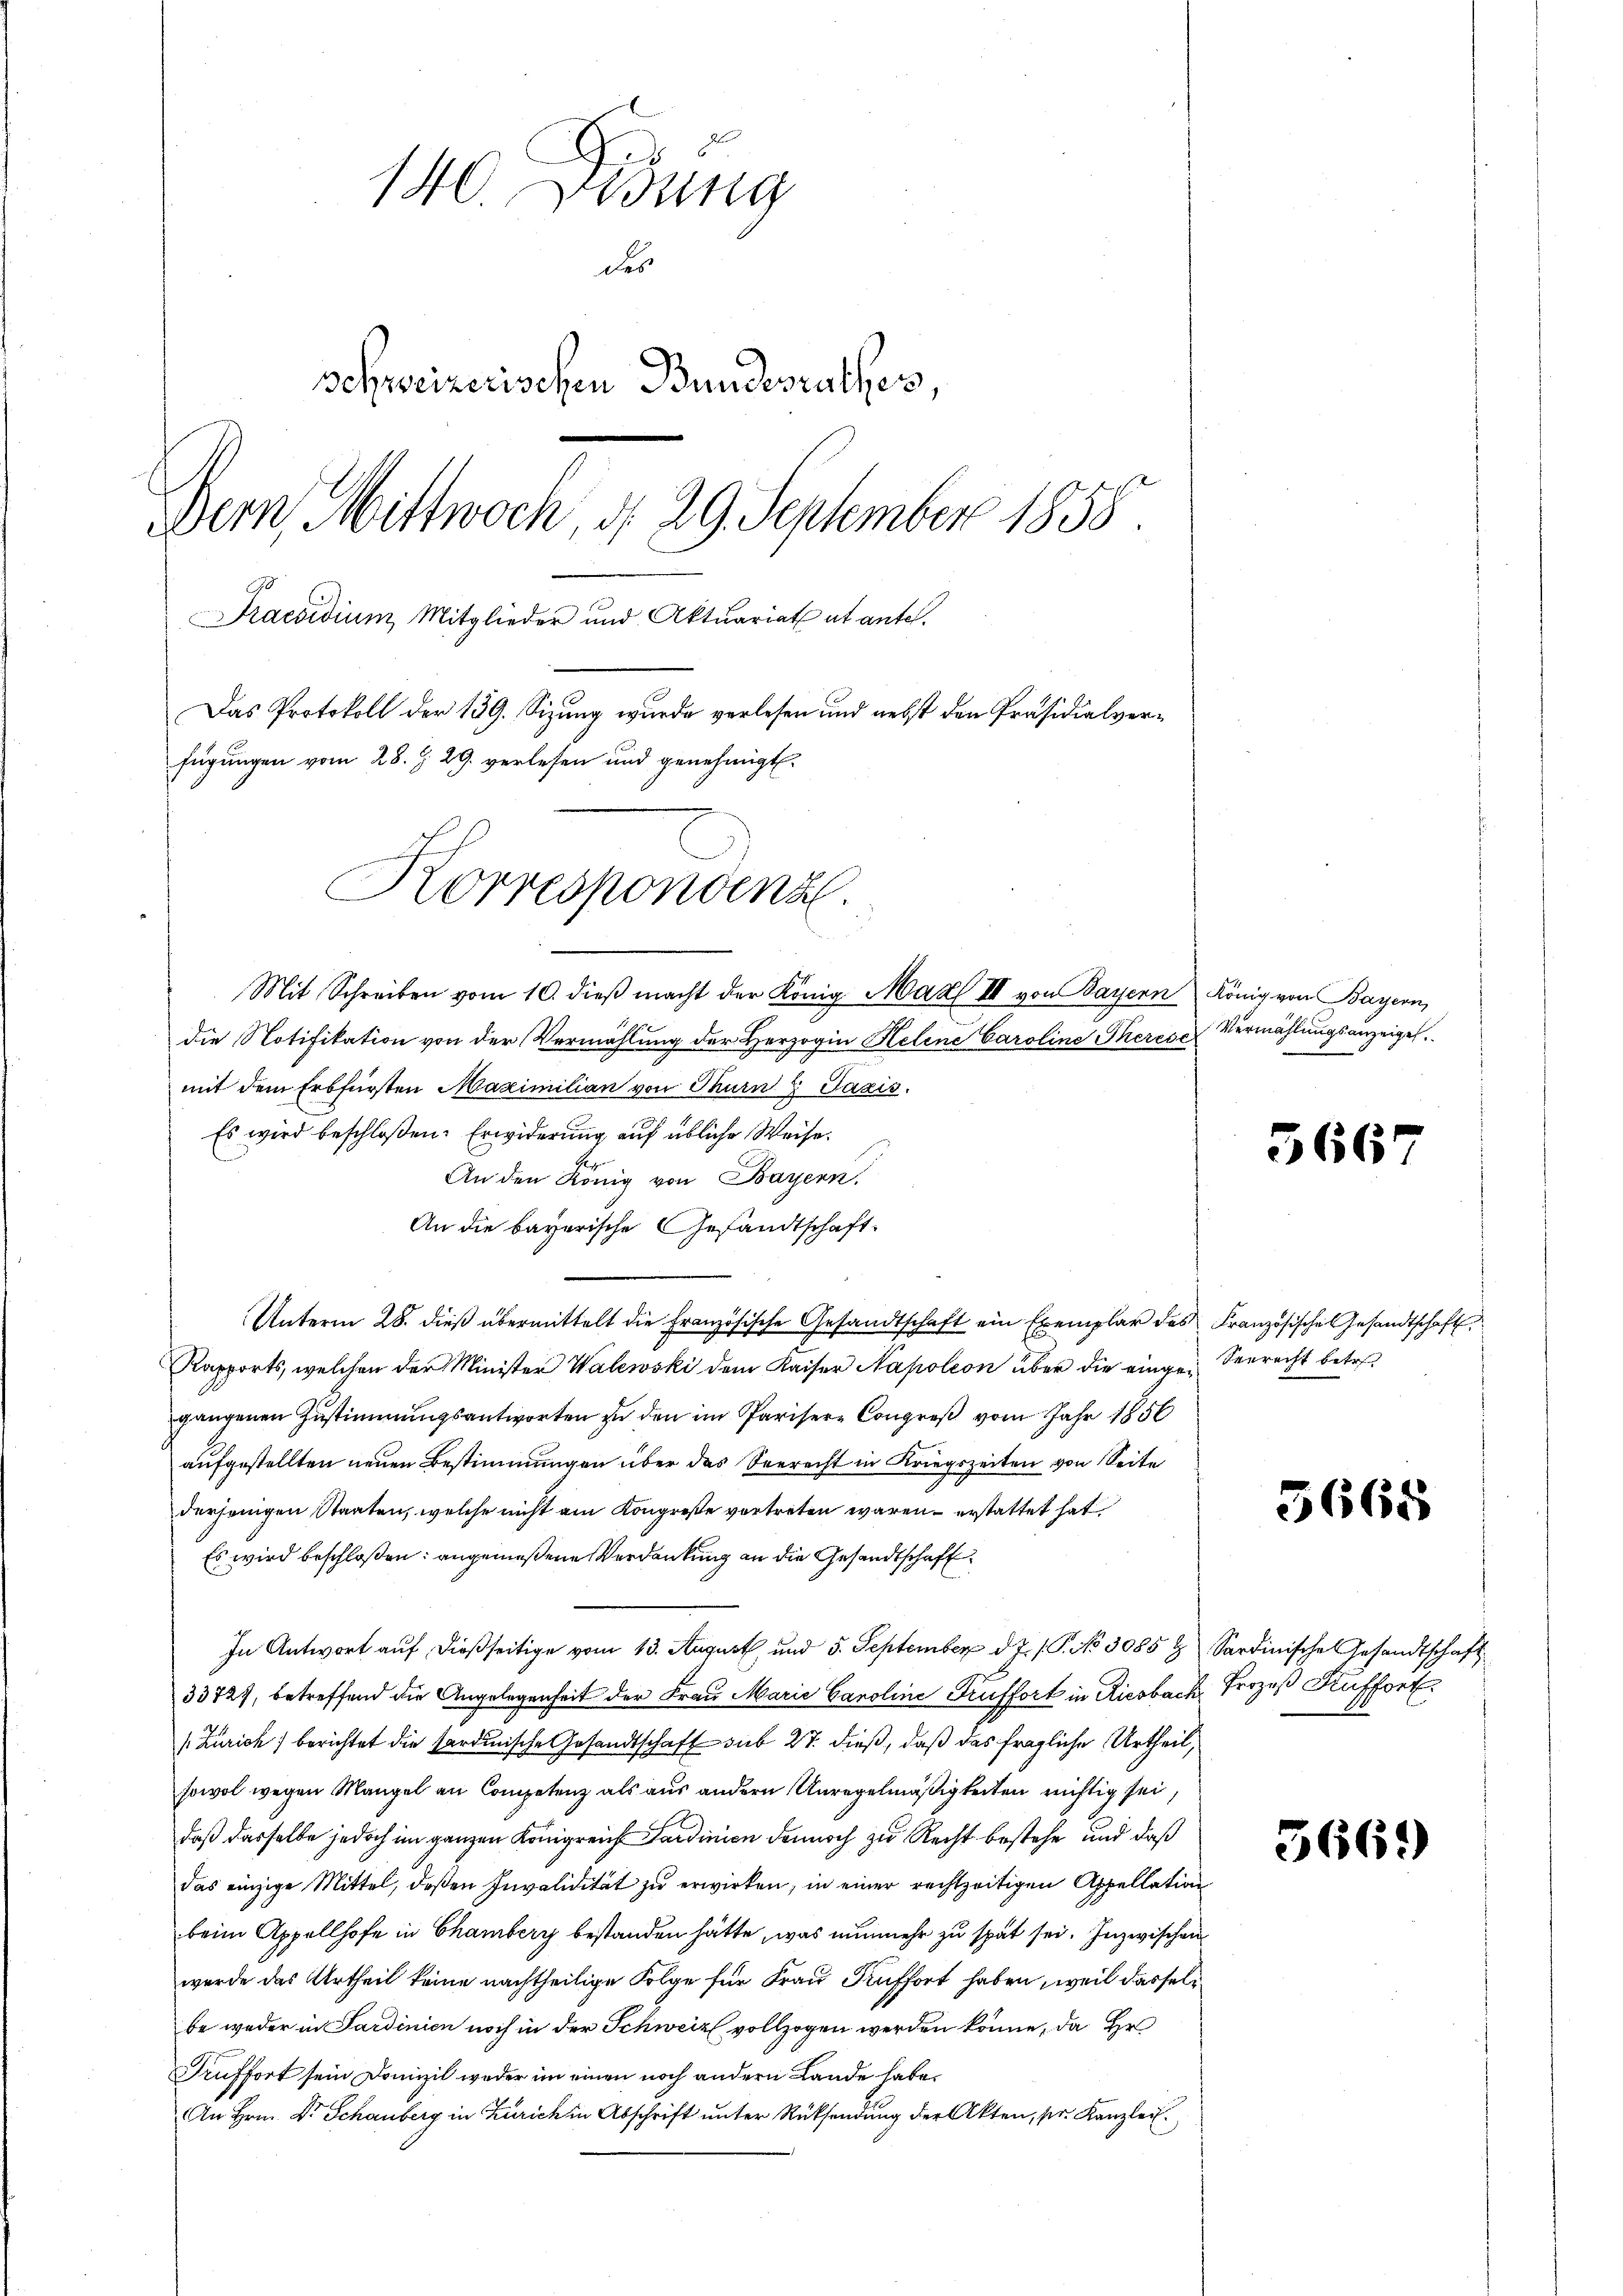
140. Didung
des
schweizerischen Bundesrathes
Bern, Mittwoch, d. 29. September 1855
Praesidium Mitglieder und Aktuariat et antel.
Das Protokoll der 139. Sizung wurde verlesen und nebst den Präsidialverfügungen vom 28. Z. 29. verlesen und genehmigt.

Korrespondenz

Mit Schreiben vom 10. dieβ macht der König. Max III von Bayern König von Bayern,
die Notifikation von der Vermählung der Herzogin Helene Caroline Therese Vermählungsanzeigel.
mit dem Erbfürsten Maximilian von Thurn Pazis
Es wird beschloßen: Erwiderung auf übliche Weise.
An den König von Bayern,
An die bayerische Gesandtschaft
Unterm 28. dieβ übermittelt die Französische Gesandtschaft ein Exemplar des Französische Gesandtschaft
Rapports, welchen der Minister Walewski dem Kaiser Napoleon über die eingen Seerecht betret
gangenen Zustimmungsantworten zu den im Pariser-Congreß vom Jahr 1856
aufgestellten neuen Bestimmungen über das Seerecht in Kriegszeiten von Seite
derjenigen Staaten, welche nicht am Kongreße vortreten waren – erstattet hat
Es wird beschloßen: angemeßene Verdankung an die Gesandtschaft¬
In Antwort aŭf dießseitige vom 13. August, und 5. September d. J. P. No 3085 & Sardinische Gesandtschaft
33727, betreffend die Angelegenheit der Frau Marie Caroline Truffort in Riesbach Prozeß Kuffort
/Zürich) berichtet die Sardinische Gesandtschaft sub 27. dieß, daß das fragliche Urtheil,
sowol wegen Mangel an Competenz als aus andern Unregelmäßigkeiten nichtig sei,
daß dasselbe jedoch im ganzen Königreich Sardinien dennoch zu Recht bestehe und daß
das einzige Mittel, deßen Invalidität zu erwirken, in einer rechtzeitigen Appellation
beim Appellhofe in Chambery bestanden hätte, was nunmehr zu spät sei. Inzwischen
wurde das Urtheil keine nachtheilige Folge für Frau Auffort haben, weil dasselbe weder in Sardinien noch in der Schweiz vollzogen werden könne, da Hr
Auffort sein Domizil weder im einen noch andern Lande habe.
An Hrn. Dr. Schauberg in Zürich in Abschrift unter Rücksendung der Akten, pr. Kanzlei

5667

5665

5661)